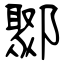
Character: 鄹